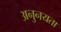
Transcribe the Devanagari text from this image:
अनुनयता